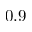
0 . 9